Newspaper: Evening star. [volume]
Place of publication: Washington, D.C.
Publisher: W.D. Wallach & Hope
Date: 1880-01-15 00:00:00
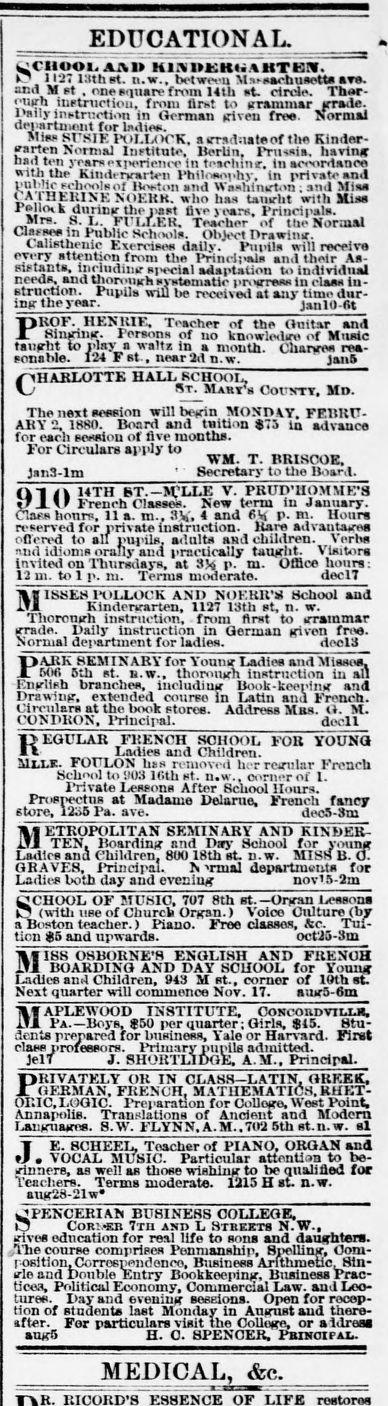
Advertisement text (OCR):
EDUCATIONAL, 12713tha n.w. bet ween Ms.eaeaeflsavS and , ot. ne sgnare from1t atoreT e uph istrucion, from first to grammar Thar IMiyintrutlmin German given free.lYma de lur et for ladies. nie 8U7IE POLIE',a rraduateof the Kinder harten Normal Institute. Berlin, Prussia, having bad te ieraren in taclnr. in aceoMance wtthKindegate Philosophy. in private and pubhc schools of Boston and tahi'ngton ; and Miss ATHERINE NOERR. who has taught with Miss Pellok during the past five erPrin al. Mrs. S. L. Fu LLEP, Teacher of the Normal Canses in Public Schools. Object Drawing. Calisthenic Exercises dal. Pupils wilreceive eve attention from the Pncipals and their AS sistanta, including special adaptation to individual needs, and thorough. Sstematic progress in class in struction. Pupils wllm be reoeived at any time dr ing the year. jan10-6t HENRIE, Teacher of the Guitar and inging. Persons of no knowledge of Music taught 10 pp a walta in a month. Charges rea sonable. at., near 2d n.w. 3ani CHARLOTTE HASLBCHOO ST. Yanra COM. Mn. The next session will begin MONDAY. FEBRU ARY 2. 1880. Board and tuition $73 in advance for each session of five months. For Circulars apply to WM. T. BRI800 an3-1m Secretary to the Board. flAk 14TH ST.-M(LLE V. PRUD'HOMME'S L U French Classes. New term in January. tlass hours, 11 a. m. 33 4 and 61 p. m. Hours reserved for private enstruction. Bsre advantages oflered to all pupils adults and children. Verbs and idioms orally ana practically taught. Visitors invited on Thursdays, at 334 p. m. Offie hours: 12 m. to 1 p. n. Terms moderste. dec17 8IsEB1OLLOCK AND NOERR 't School and Kindergarten, 1127 13th at, n. W. Thorough instruction, from first to grammar grade. Daily instruction in German given free. Normal department for ladies. de13 PARK SEMINARY for Young Ladies and Mie. 506 5th at. a.w., thorough instruction in all English branches, including Book-kee ing and Drawing, extended course in Latin and French. tirculara at the book stores. Address Mas. 0. M. CONDRON, Principal. docli ]REGULAR FRENCH SCHOOL FOR YOUNG -s Ladies and Children. MJLE. FOULON has rmoved her regular French School to 903 16th st. n.w. corner of 1. Private Lessons After Schoo Hours. Prospectus at Madame Delarue. French fancy store, 1280 Pa. ave. deo5-3m ETROPOLITAN SEMINARY AND KINDER TEN Boarding and Day School for young Ladies and Children 80 18th st. n.w. MIS B.O GRAVES, Principal.. i rmal departments for Ladies both day and evening nov'S-2m CHOOL OF MUSIC, 707 8th St.-Organ Lessons (with use of Church Organ.) Voice Culture (b a n teacher.) Piano. Free classes, &c. tion $5 and upwards. oot2a-3m IB1B OSBORNE'S ENGLISH AND FRENCH BOARDING AND DAY SCHOOL for Young es and Children, 943 M at., corner of 10th sl Next quarter will commence Nov. 17. aug6-sm APLEWOOD INSTITUTE, CowconDvr.r.a. PA.-o rGirls. 45. Stu dents peaifor usiness, Yale or Harvard. First class proeors. Primary ils admitted. jell J. SHORTL A.M., PriipaL OR IN CLAS-LATIN GREEK. GERMAN, FRENCH MATHEMATI(5, BET O1F1C,LWGIC. Preparation for College. West Point. Annapolis. Translations of Ancient and Modern Languages. S.W. FLYNN, A.M..702 5th st.n.w. 91 J E. SCHEEL~, Teachar of PIANO, ORGAN ad . VOAL MUSIC. Particular attention to be ginners, as well as those wishing to be qualifed for Teachers. Terms moderate. 15 H at. n.w. aug28-21w* 'PENCERIAr BUSINESS COLLEGE. ConEn 7Tn AN L STnEETs N.W.. wives education for real life to sons and daughters. The course comprises Penmanship, Spe Com rosition Correspondence. Business Artmtc Sin ,rle and bo"ble Entry Bookkeeping Business "rac tioes, Political Economy, Commercial Law. and Leo tio f aaents last Monday in August and t after. Fer particulars visit the Coll or adre aug6 H. C. SPENCER. rA. MEDICAL, &c.
Label: text-only